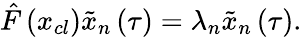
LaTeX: \hat{F}\left(x_{cl}\right)\tilde{x}_{n}\left(\tau\right)=\lambda_{n}\tilde{x}_{n}\left(\tau\right).